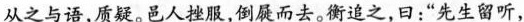
从之与语，质疑。邑人挫服，倒屣而去。衡追之，曰：”先生留听，